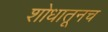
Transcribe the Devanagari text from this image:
शोधातूनच